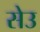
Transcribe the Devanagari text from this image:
सेउ